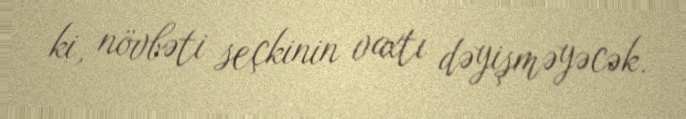
ki, növbəti seçkinin vaxtı dəyişməyəcək.